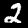
Label: 2